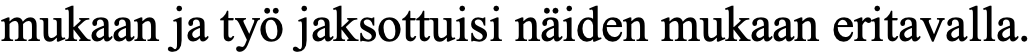
mukaan ja työ jaksottuisi näiden mukaan eritavalla.